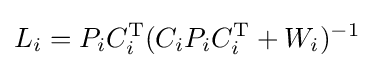
{\mathbf {} }L_{i}=P_{i}C_{i}^{\mathrm {T} }(C_{i}P_{i}C_{i}^{\mathrm {T} }+W_{i})^{-1}